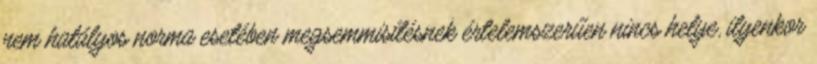
nem hatályos norma esetében megsemmisítésnek értelemszerűen nincs helye, ilyenkor